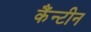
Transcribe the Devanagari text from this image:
कैंन्टीन